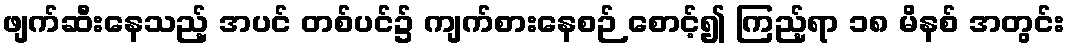
ဖျက်ဆီးနေသည့် အပင် တစ်ပင်၌ ကျက်စားနေစဉ် စောင့်၍ ကြည့်ရာ ၁၈ မိနစ် အတွင်း